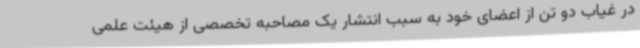
در غیاب دو تن از اعضای خود به سبب انتشار یک مصاحبه تخصصی از هیئت علمی